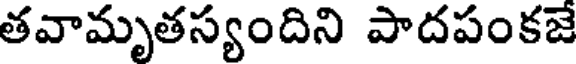
తవామృతస్యందిని పాదపంకజే